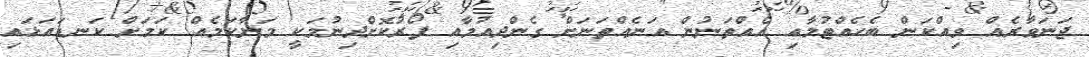
ޖަނަވާރެއް ވިއްކަން ބެހެއްޓުމާއި އެއްތަނުން އަނެއްތަނަށް ގެންދިއުމާއި ފޯރުކޮށްދިނުމަކީ މަނާކަމެއް ކަމަށް ކަނޑައަޅައި